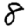
Digit: 8